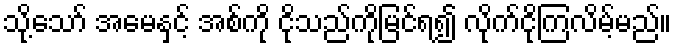
သို့သော် အမေနှင့် အစ်ကို ငိုသည်ကိုမြင်ရ၍ လိုက်ငိုကြလိမ့်မည်။